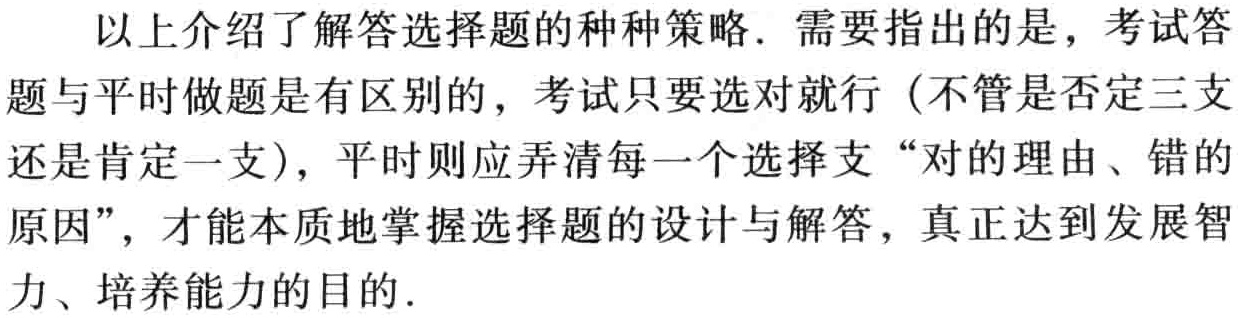
以上介绍了解答选择题的种种策略. 需要指出的是，考试答题与平时做题是有区别的，考试只要选对就行（不管是否定三支还是肯定一支），平时则应弄清每一个选择支“对的理由、错的原因”，才能本质地掌握选择题的设计与解答，真正达到发展智力、培养能力的目的.